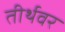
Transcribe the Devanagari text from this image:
तीर्थवर